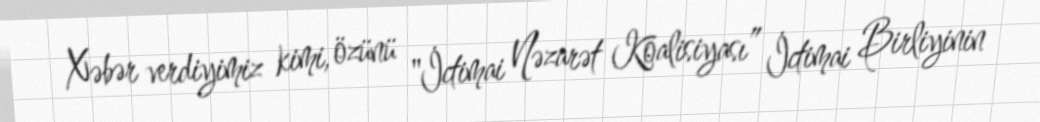
Xəbər verdiyimiz kimi, özünü "İctimai Nəzarət Koalisiyası” İctimai Birliyinin